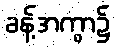
ခန့်အကွာ၌